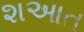
શઆત